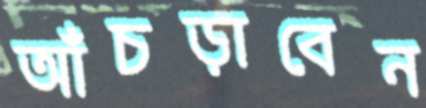
আঁচড়াবেন